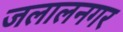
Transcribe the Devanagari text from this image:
जलालनगर